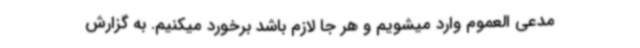
مدعی العموم وارد میشویم و هر جا لازم باشد برخورد میکنیم. به گزارش